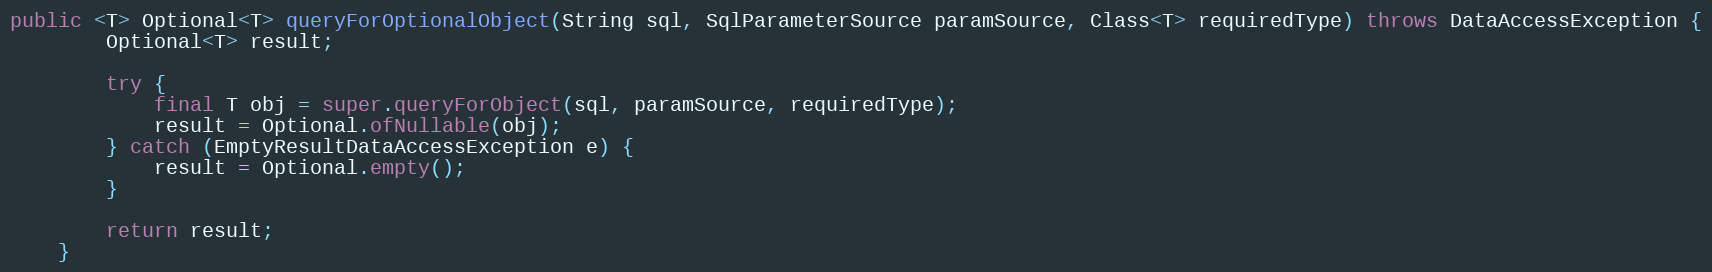
Language: Java
public <T> Optional<T> queryForOptionalObject(String sql, SqlParameterSource paramSource, Class<T> requiredType) throws DataAccessException {
        Optional<T> result;

        try {
            final T obj = super.queryForObject(sql, paramSource, requiredType);
            result = Optional.ofNullable(obj);
        } catch (EmptyResultDataAccessException e) {
            result = Optional.empty();
        }

        return result;
    }